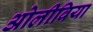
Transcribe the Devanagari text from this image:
ओलीविया